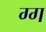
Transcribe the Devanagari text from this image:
ग्ग